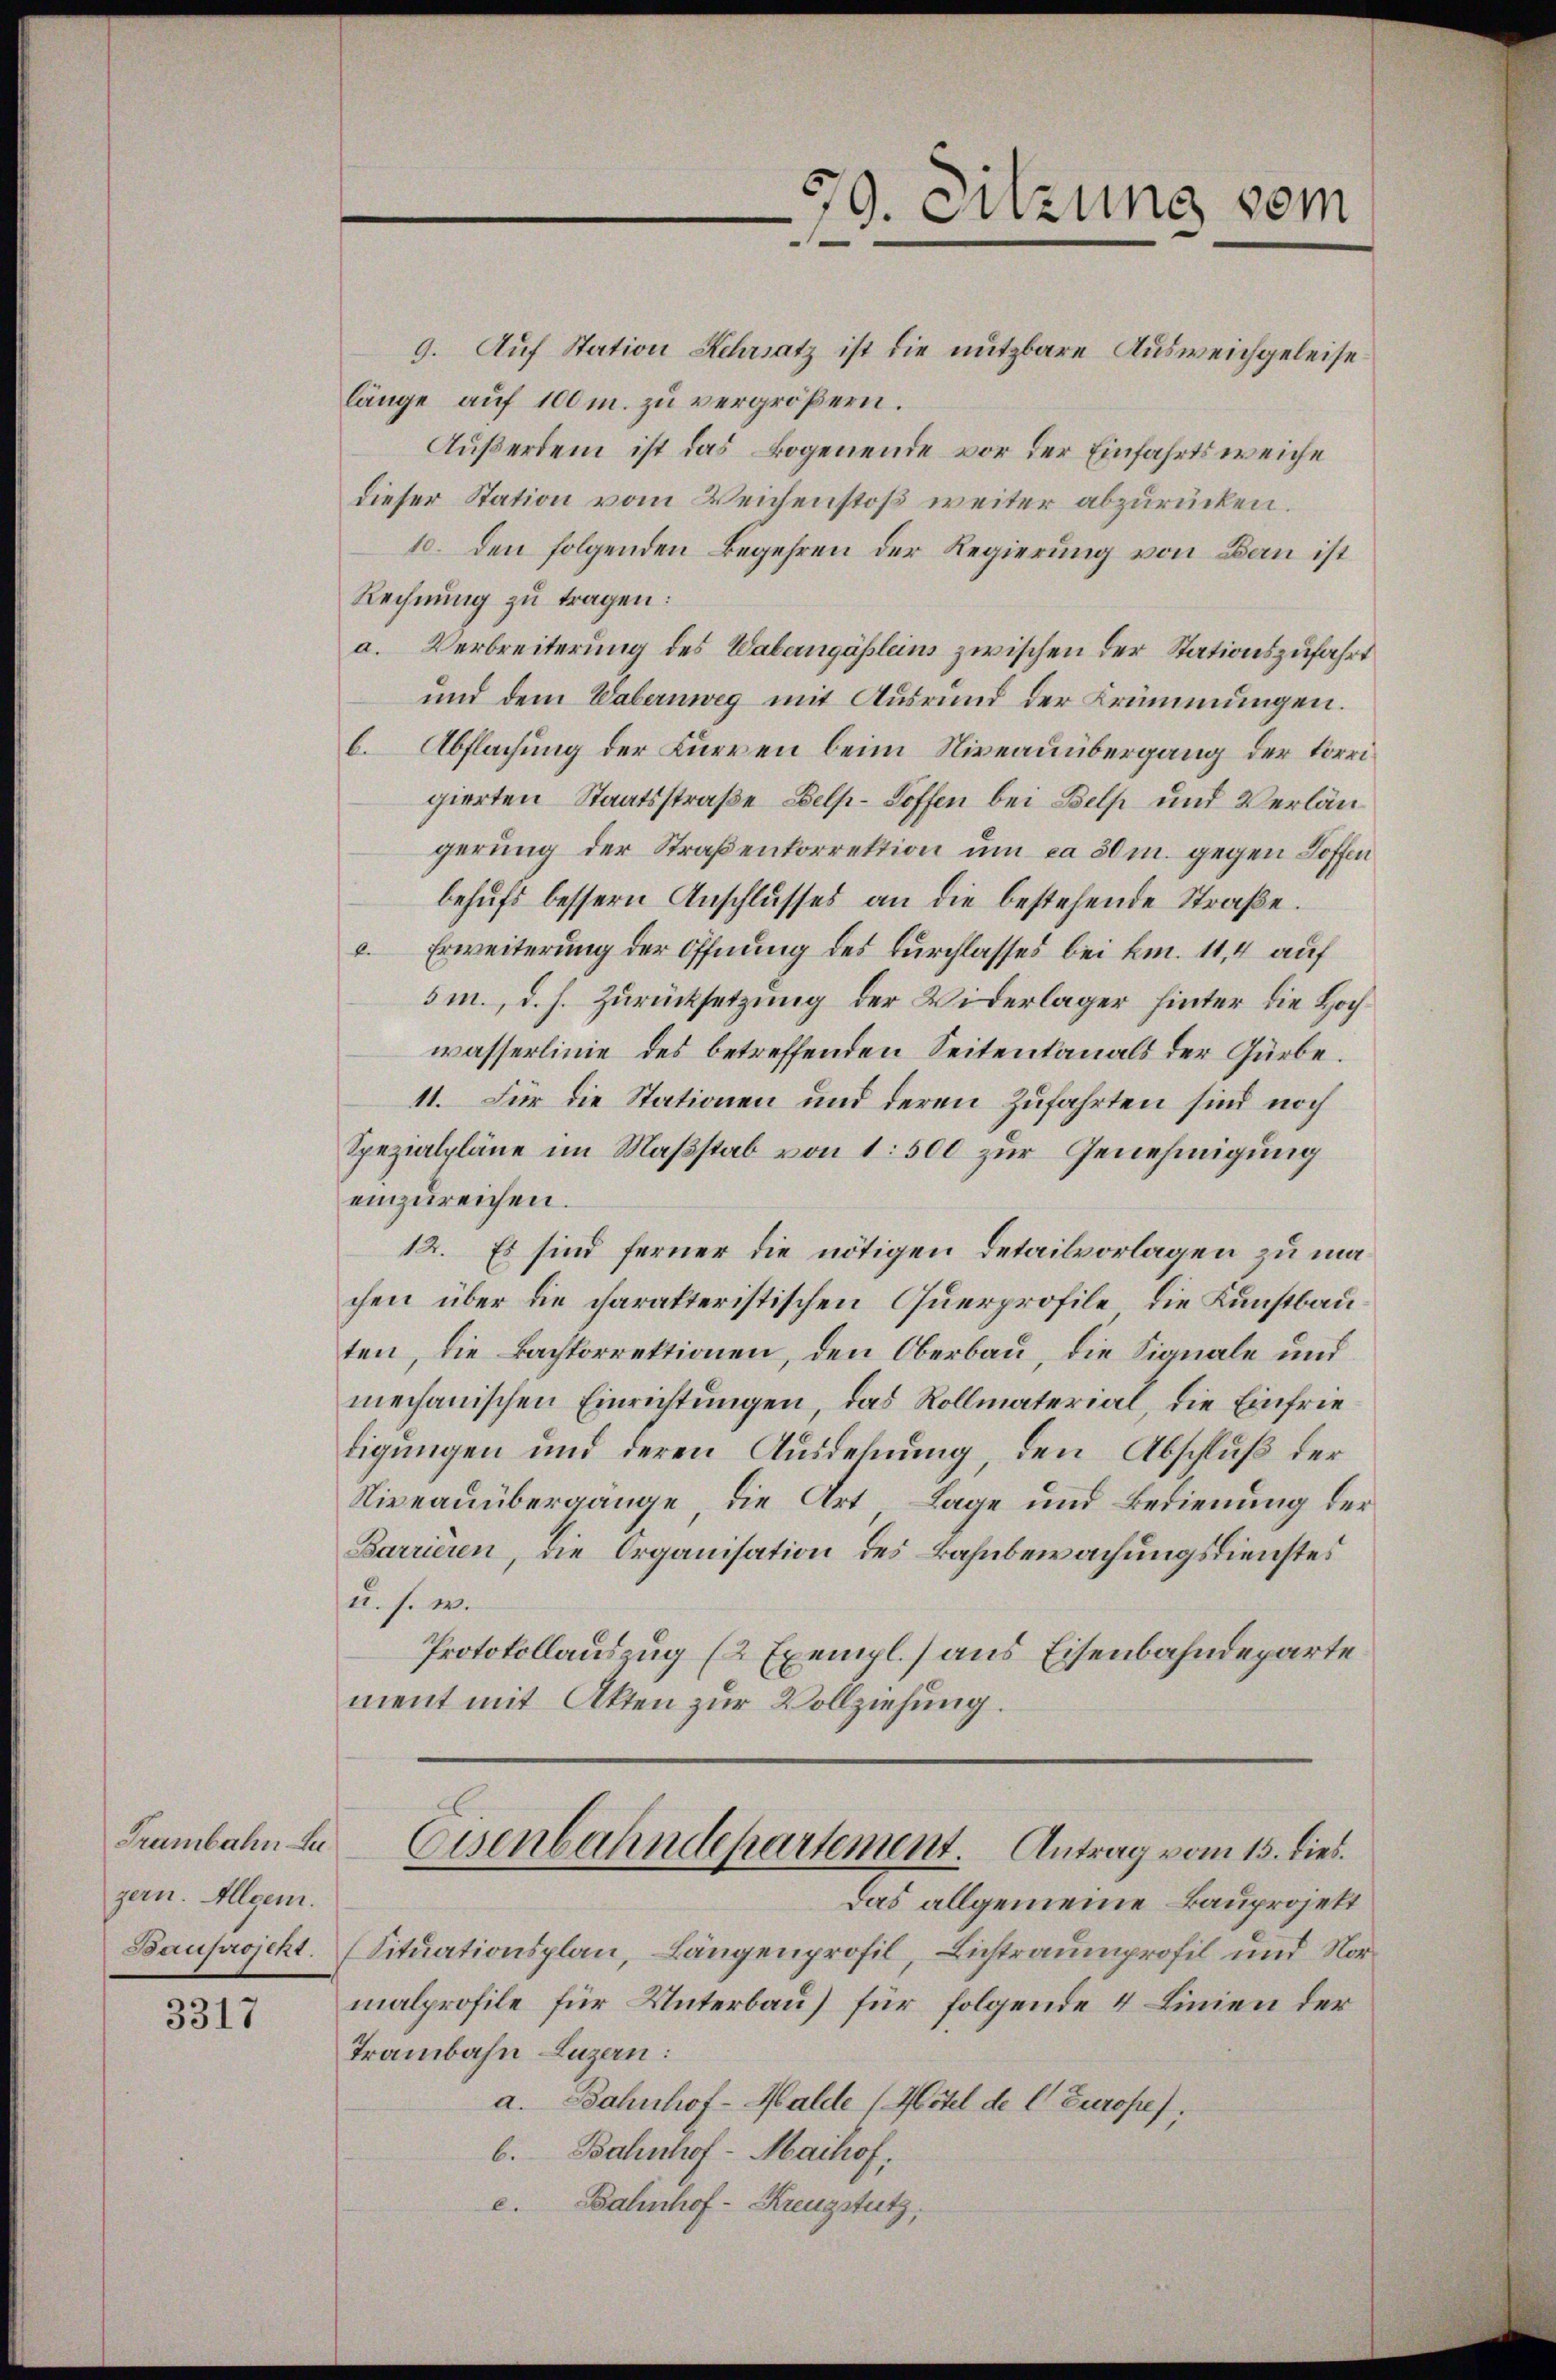
Trambahn Lugern. Allgem.
Bauprojekt.

3317

9. Auf Station Kehrsatz ist die nutzbare Ausweichgeleiselänge auf 100 m. zu vergrößern.
Außerdem ist das Bogenende vor der Einfahrtsweiche
dieser Station vom Weichenstoß weiter abzurücken.
10. den folgenden Begehren der Regierung von Bau ist
Rechnung zu tragen:
a. Verbreiterung des Waberngäßleins zwischen der Stationszufahrt
und dem Wabernweg mit Ausrund der Krümmungen.
b. Abflachung der Kurren beim Niveauübergang der korrigierten Staatsstraße Delp-Koffen bei Belp und Verlängerung der Straßenkorrektion um ca 50 m. gegen Hoffen
behufs bessern Anschlusses an die bestehende Straße.
2. Erweiterung der Öffnung des Durchlasses bei km. 11,4 auf
5m., d. h. Zurücksetzung der Widerlager hinter die Hochwasserlinie des betreffenden Seitenkanals der Gürbe.
11. Für die Stationen und deren Zufahrten sind noch
Spezialpläne im Maßstab von 1: 500 zur Genehmigung
einzureichen.
12. Es sind ferner die nötigen Detailvorlagen zu machen über die charakteristischen Querprofile, die Kunstbauten, die Bachtorrektionen, den Oberbau, die Signale und
mechanischen Einrichtungen, das Rollmaterial, die Einfrietigungen und deren Ausdehnung, den Abschluß der
Niveauübergange, die Art, Lage und Bedienung der
Barrieren, die Organisation des Bahnbewachungsdienstes
u. s. w.
Protokollauszug (2 Exempl.) aus Eisenbahndeparte
ment mit Akten zur Vollziehung.
Eisenbahndepartement. Antrag vom 15. dies
Das allgemeine Bauprojekt
Situationsplan, Längenprofil, Lichtraumprofil und Normalprofile für Unterbau) für folgende 4 Linien der
Trambahn Luzern:
a. Bahnhof-Walde (Hotel de l Europe,
b. Bahnhof-Maihof,
e. Bahnhof-Kreuzstutz

70. Sitzung vom